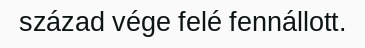
század vége felé fennállott.